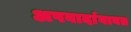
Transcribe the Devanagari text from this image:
अपवादांबाबत